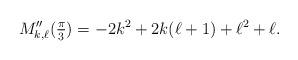
LaTeX: \begin{align*} M_{k,\ell}''(\tfrac{\pi}{3}) = -2k^2 + 2k(\ell+1) + \ell^2 + \ell.\end{align*}